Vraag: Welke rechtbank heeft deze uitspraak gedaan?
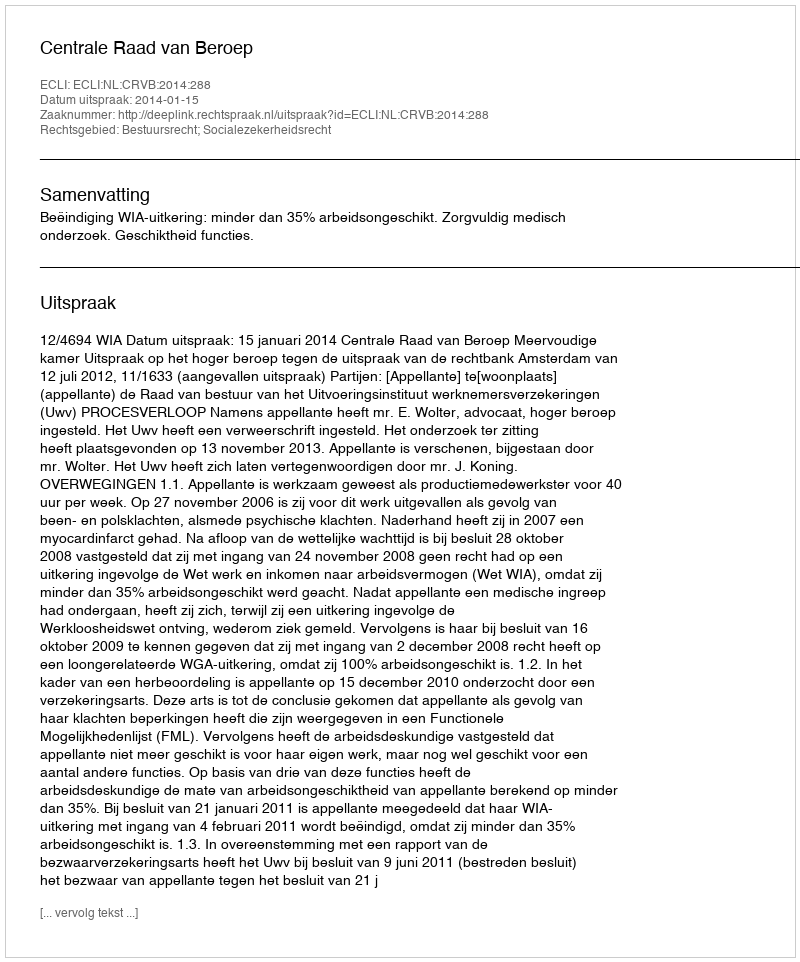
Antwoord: Centrale Raad van Beroep